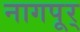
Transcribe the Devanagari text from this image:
नागपूर्